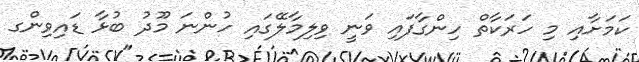
ކަމަށާއި މި ހަރަކާތް ހިންގާފައި ވަނީ ވިލިމާލޭގައި ހުންނަ މޫދު ބުޅާ ޑައިވިންގ